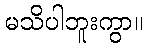
မသိပါဘူးကွာ။